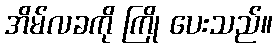
အိမ်လခကို ကြို ပေးသည်။